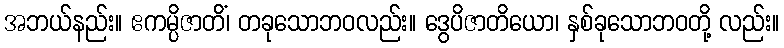
အဘယ်နည်း။ ဧကမ္ပိဇာတိံ၊ တခုသောဘဝလည်း။ ဒွေပိဇာတိယော၊ နှစ်ခုသောဘဝတို့ လည်း။